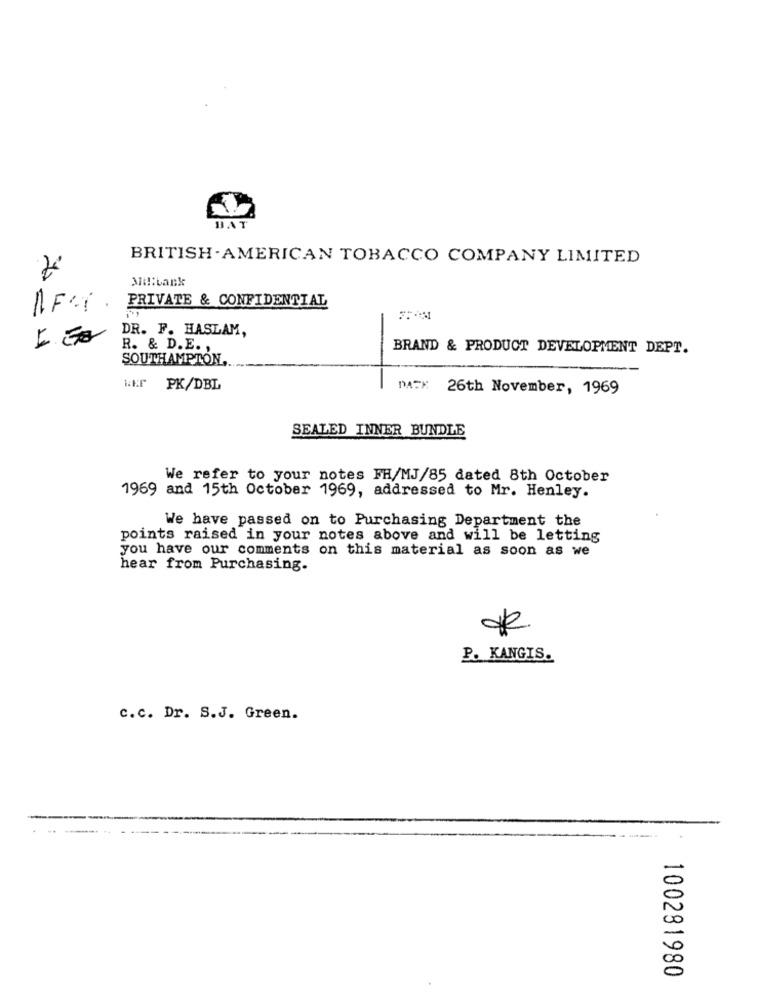
BAT
BRITISH- AMERICAN TOBACCO COMPANY LIMITED
Mil:bank
PRIVATE & CONFIDENTIAL
DR. F. HASLAM,
11
R. & D.E. ,
BRAND & PRODUCT DEVELOPMENT DEPT.
SOUTHAMPTON ...
PK/DBL
DATX 26th November, 1969
SEALED INNER BUNDLE
We refer to your notes FH/MJ/85 dated 8th October
1969 and 15th October 1969, addressed to Mr. Henley.
We have passed on to Purchasing Department the
points raised in your notes above and will be letting
you have our comments on this material as soon as we
hear from Purchasing.
de
P. KANGIS.
c.c. Dr. S.J. Green.
100281980